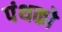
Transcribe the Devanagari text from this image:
पंथको